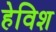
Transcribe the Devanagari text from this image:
हेविश